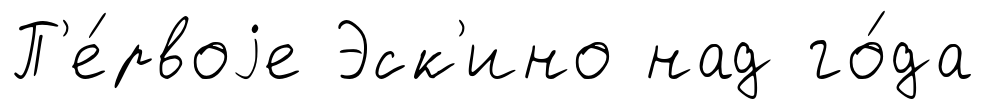
П'е́рвоjе Эск'ино над го́да